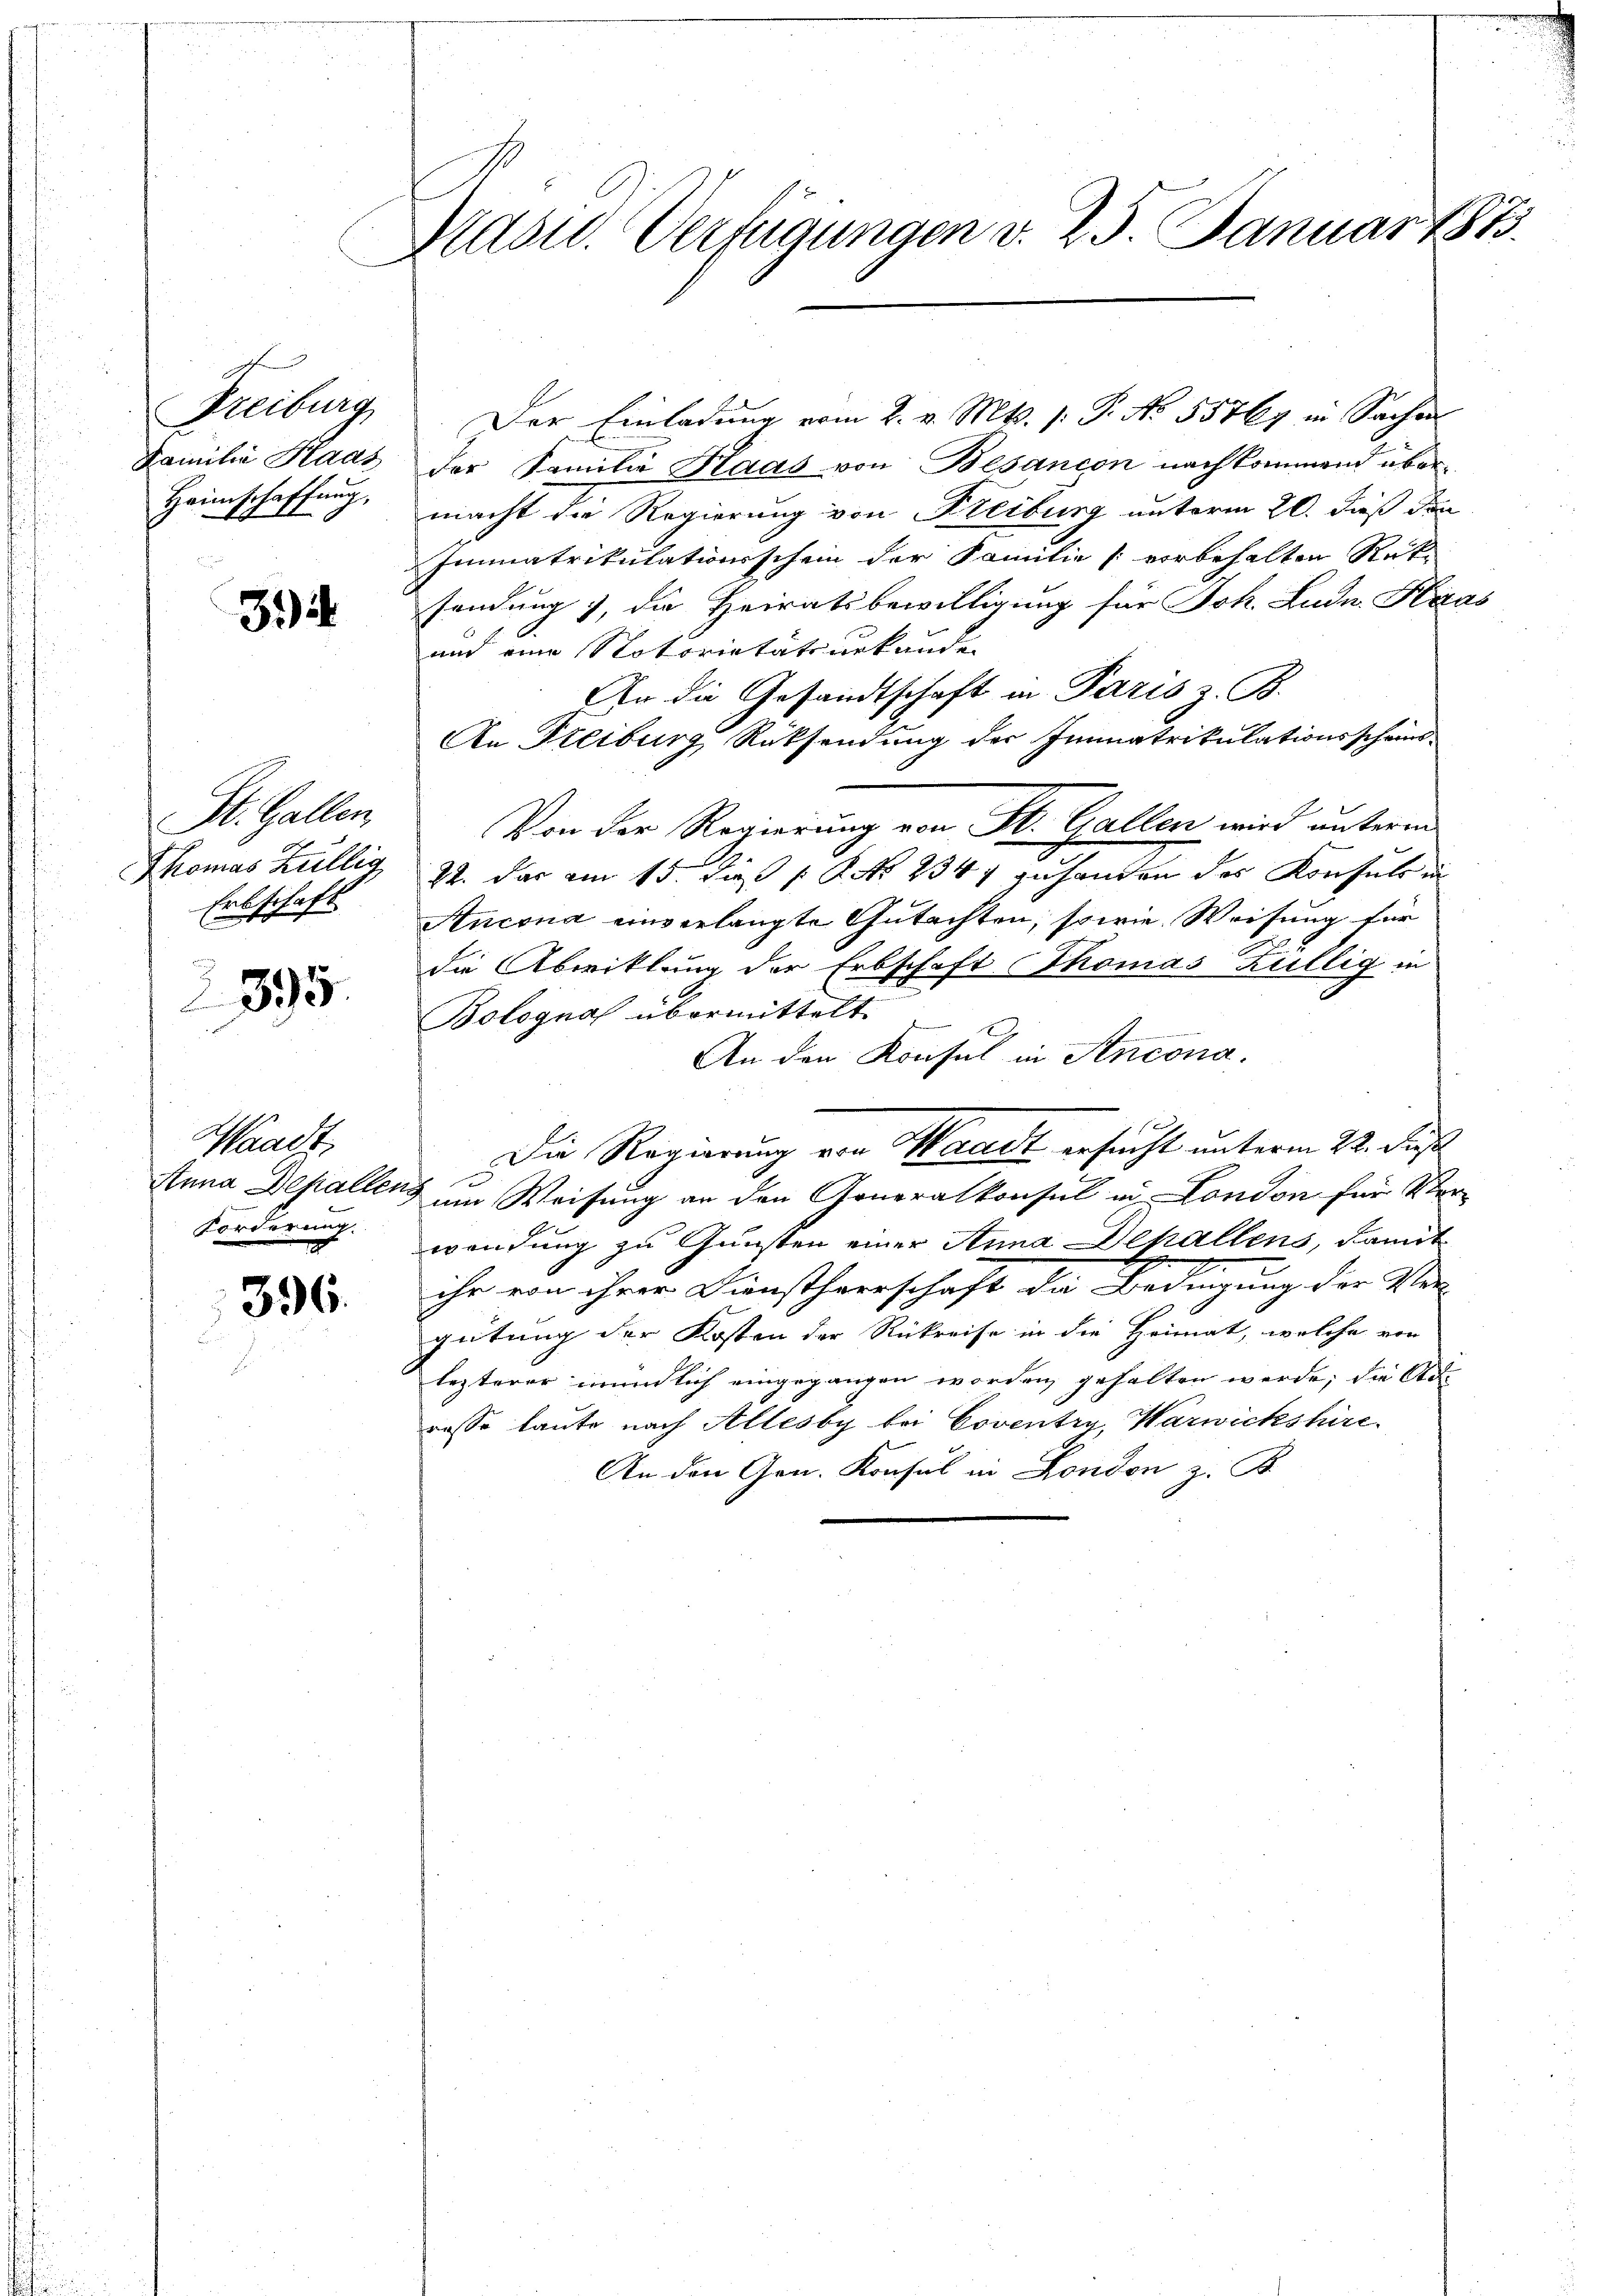
Freiburg
Familie Haas
Heimschaffung,

34

St. Gallen
Thomas Hüllig
Erbschaft
2895

Waadt,
Anna Depallen
Forderung.

396.

Nidsid. Verfügungen v. 25. Januar 1875.

Der Einladung vom 2. v. Mts. f. P. No 55767 in Sachen
der Familie Haas von Besancon nach kommend übermacht die Regierung von Freiburg unterm 20. dieß den
Immatrikulationsschein der Familie vorbehalten Rück-
sendung , die Heiratsbewilligung für Joh. Ludn Haas
und eine Notoritätsurkunden
An die Gesandtschaft in Paris z. B.
An Steiburg, Rücksendung der Immatrikulationsscheins¬
Von der Regierung von St. Gallen wird unterm
22. das am 15. daß  No. 2347 zuhanden des Konsuls in
Ancona einverlangte Gutachten, sowie Weisung für
die Abwicklung der Erbschaft Thomas Züllig in
Bolognal übermittelt.
22
An den Konsul in Ancona.
Die Regierung von Waadt ersucht unterm 22. des
um Weisung an den Generalkonsul in London für Ver-
wendung zu Gunsten einer Anna Depallens, damit
ihr von ihrer Dinstherrschaft de Bedingung der Vor-
gütung der Kosten der Rückreise in die Heimat, welche von
lezterer mündlich eingegangen worden gehalten werde, die Adrasse laute nach Allesby bei Coventry, Warwickshire.
An den Gen. Konsul in London z. B.

h
1